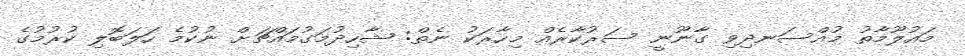
މައުލޫމާތު މުއްސަނދިވި ގާނޫނީ ސަރުކާރެއް މިހާރަކު ނެތް: ޝާހިދުމަގުމައްޗަށް ނުކުމެ ހަލަބޮލި ކުރުމުގެ